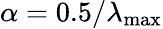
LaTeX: \alpha=0.5/\lambda_{\mathrm{max}}